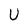
Character: U